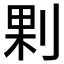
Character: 𠜴